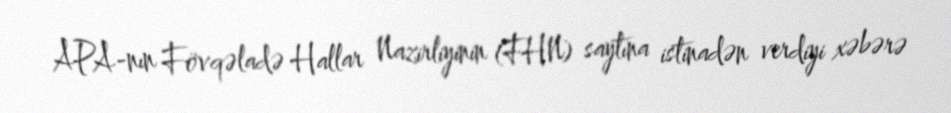
APA-nın Fövqəladə Hallar Nazirliyinin (FHN) saytına istinadən verdiyi xəbərə